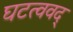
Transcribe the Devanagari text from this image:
घटत्ववद्